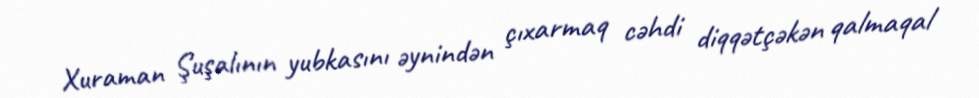
Xuraman Şuşalının yubkasını əynindən çıxarmaq cəhdi diqqətçəkən qalmaqal